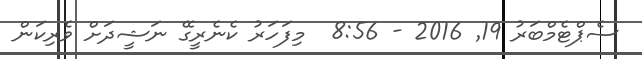
ސެޕްޓެމްބަރު 19